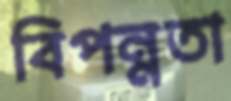
বিপন্নতা